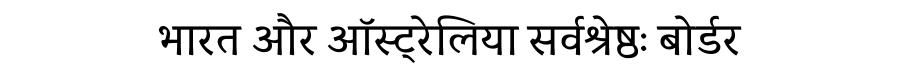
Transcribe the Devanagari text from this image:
भारत और ऑस्ट्रेलिया सर्वश्रेष्ठः बोर्डर